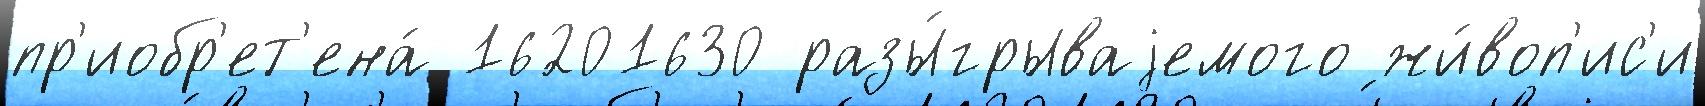
пр'иобр'ет'ена́ 16201630 разы́грываjемого жи́воп'ис'и